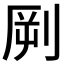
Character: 𱐝